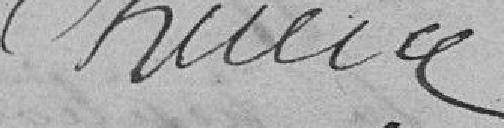
?????????